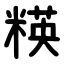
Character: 䊔